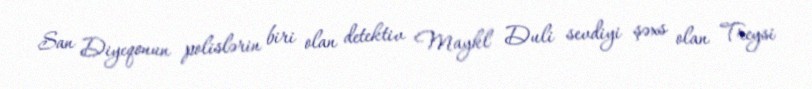
San Diyeqonun polislərin biri olan detektiv Maykl Duli sevdiyi şəxs olan Treysi